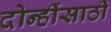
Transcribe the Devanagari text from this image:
दोन्हींसाठी